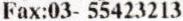
FAX:03- 55423213